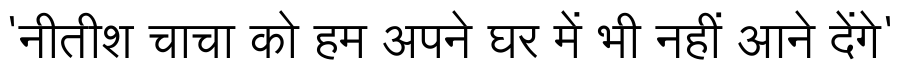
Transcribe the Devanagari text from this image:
'नीतीश चाचा को हम अपने घर में भी नहीं आने देंगे'